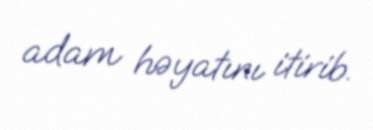
adam həyatını itirib.